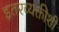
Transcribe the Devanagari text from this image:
इतरव्यक्तीशी